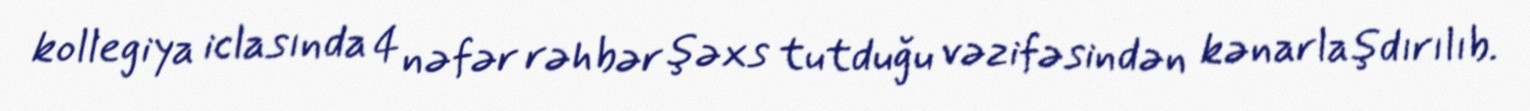
kollegiya iclasında 4 nəfər rəhbər şəxs tutduğu vəzifəsindən kənarlaşdırılıb.